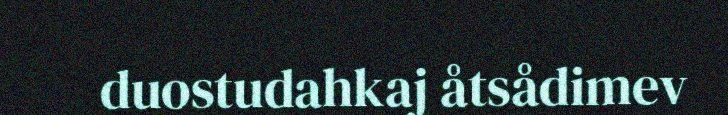
duostudahkaj åtsådimev